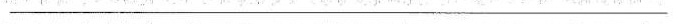
___